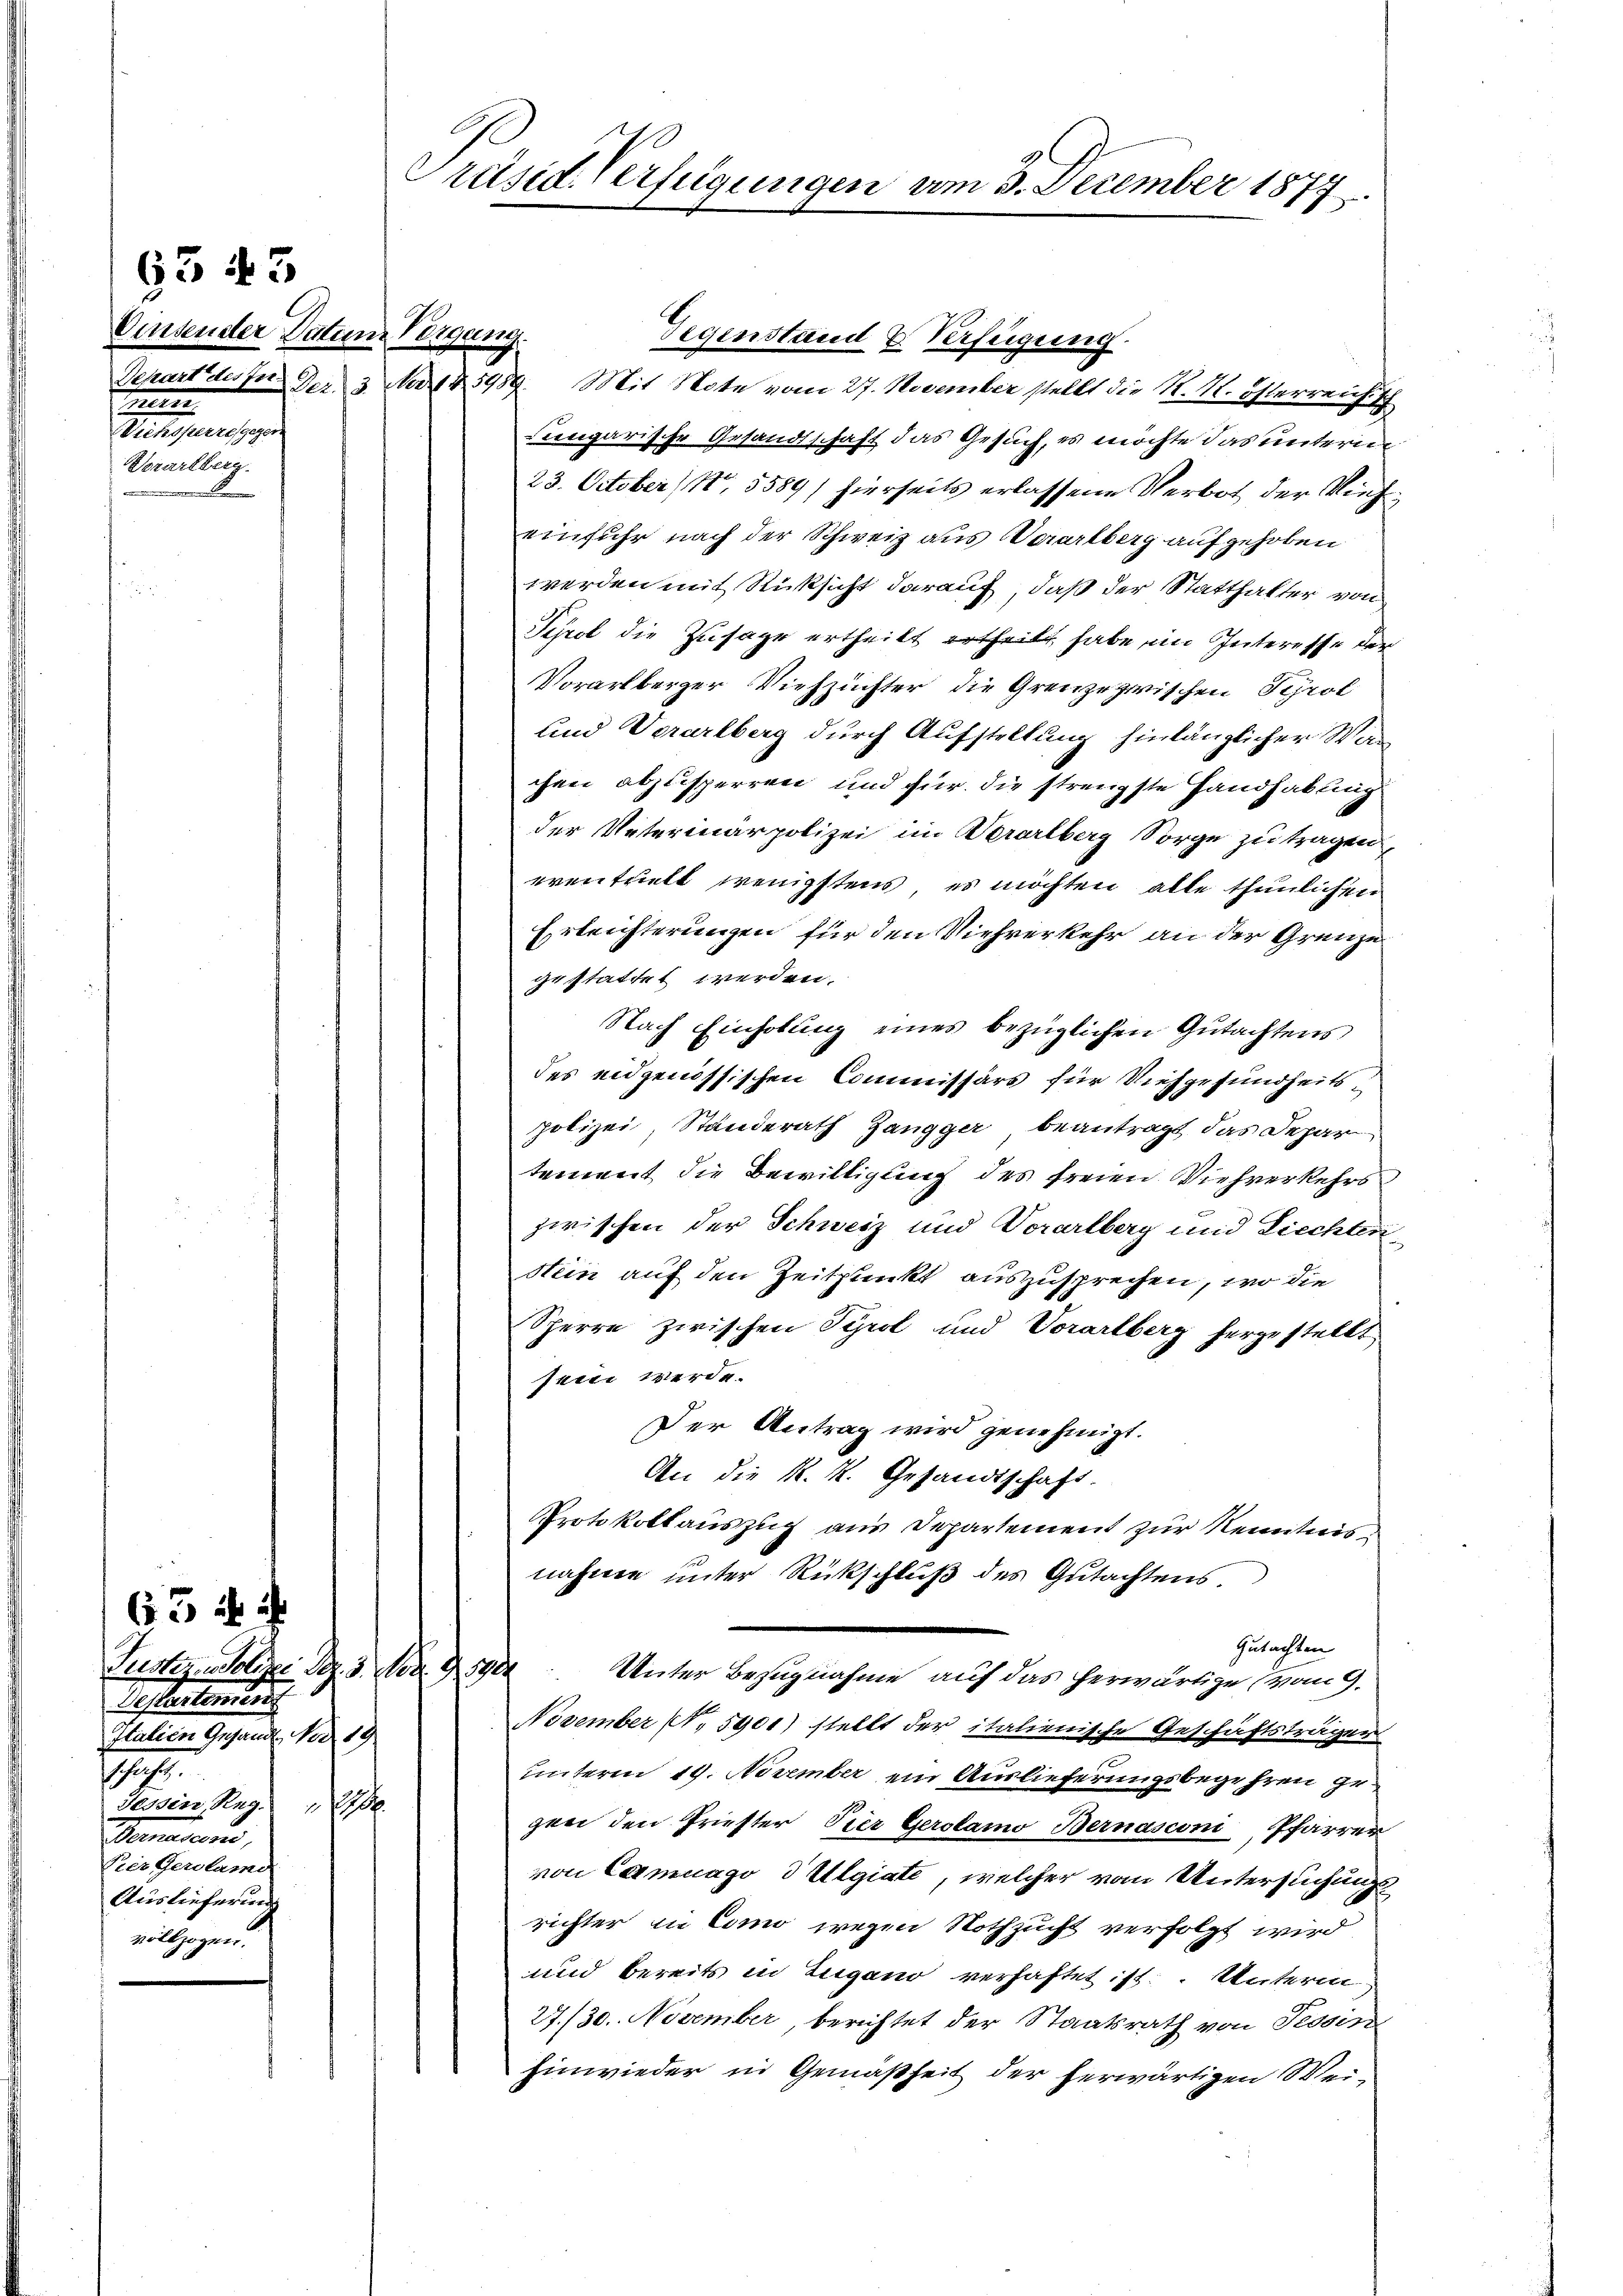
Einsender Datum Vorgang.
n
Metreuersagen
Borarlberg.
e

6543

63 f

Referntemens
Italiten Gesandt, No 19.
17.
Tessin, Reg. 121.
Senior u
Pres Gerolame
Auslieferung
vollzogen.

Präsid. Verfügungen am 3. December 1877

Gegenstand Verfügung.
Separt des In Der 3. No. 45989. Mit Note vom 27. November stellt die M. M. Österreicht
engarische Gesandtschaft das Gesuch, es möchte das unterm
23. October (N. 5589) hierseits erlassene Verbot der Vieheinfuhr nach der Schweiz aus Verarlberg aufgehoben
werden mit Rücksicht darauf, daß der Statthalter von
Schrot die Zusage ertheilt ertheilt habe im Interesse der
Vorarlberger Viehzuchter die Grenze zwischen Tyrol
und Vorarlberg durch Aufstellung hinlänglicher Wan
chen abzusperren und für die strengste Handhabung
der Vaterinärpolizei im Vorarlberg Sorge zu tragen,
eventhielt wenigstens, es möchten alle thunlichen
Erleichterungen für den Viehverkehr an der Grenze
gestattet werden.
Nach Einholung eines bezüglichen Gutachtens
des eidgenössischen Commissärs für Niehgesundheitspolizei, Standerath Zangger beantragt das Depar
tement die Bewilligung des freien Viehverkehrs
zwischen der Schweiz und Vorarlberg und Liechten
Nein auf den Zeitpunkt auszusprechen, wo die
Sperre zwischen Tyrol und Vorarlberg hergestellt
sein werde.
Der Antrag wird genehmigt.
An die K. K. Gesandtschaft.
Protokollauszug aus Departement zur Kenntnis
nahme unter Rückschluß des Gutachtens,
Gutachten
Justiz-Polizen Bez. 3. Nov. 15900 Unter Bezugnahme auf das herwärtige (vom 9.
November N. 5901) stellt der italienische Geschäftsträger
unterm 19. November ein Auslieferungsbegehren gegen den Priester Pier Gerolamo Bernasconi, Pfarrer
von Camnago d Ulgiate, welcher vom Untersuchungsrichter in Como wegen Nothzucht verfolgt wird
und bereits in Zugano verhaftet ist. Unterm
27./30. November, berichtet der Staatsrath von Tessin
hinwieder in Gemäßheit der herwärtigen Wei¬